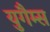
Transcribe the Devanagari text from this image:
युगैम्स